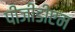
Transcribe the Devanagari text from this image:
पीजीडीएम